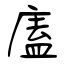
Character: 廅